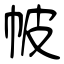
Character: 帔